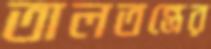
তালতন্ত্রের